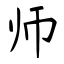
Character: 师